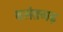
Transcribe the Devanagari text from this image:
बसंतगढ़